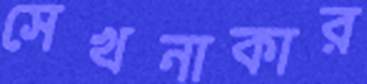
সেখনাকার